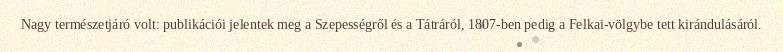
Nagy természetjáró volt: publikációi jelentek meg a Szepességről és a Tátráról, 1807-ben pedig a Felkai-völgybe tett kirándulásáról.